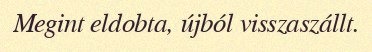
Megint eldobta, újból visszaszállt.